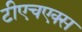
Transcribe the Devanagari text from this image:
टीएचएक्स